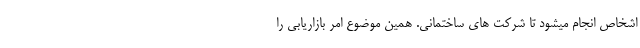
اشخاص انجام میشود تا شرکت های ساختمانی. همین موضوع امر بازاریابی را